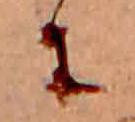
に